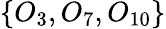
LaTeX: \{ O_{3},O_{7},O_{10}\}